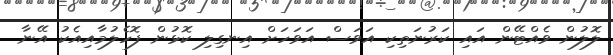
ލޮލުން ވެއްޓޭން އައި ކަރުނަތިކި އަވަސް އަވަހަށް އިނގިލި ކޮޅުން ފޮހެލުމާއިއެކު އޭނާ